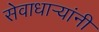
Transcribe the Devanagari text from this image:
सेवाधार्‍यांनी